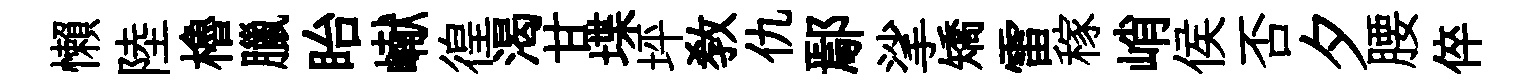
懶陸櫓臘眙𪩘徨渴甘堞坪敎仇鄢挲矯雷稼峭侯否夕腰倅